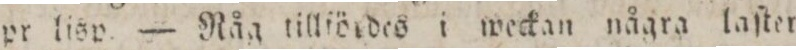
pr liſp. — Någ tillfördes i weckan några laſter